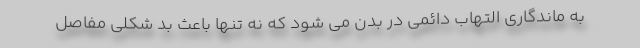
به ماندگاری التهاب دائمی در بدن می شود که نه تنها باعث بد شکلی مفاصل